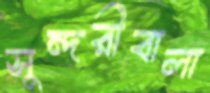
সুন্দরীবালা